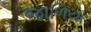
જાળિયા